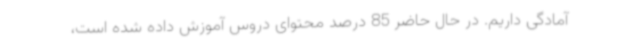
آمادگی داریم. در حال حاضر 85 درصد محتوای دروس آموزش داده شده است،